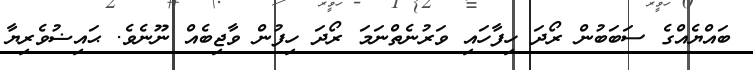
ބައްޔެއްގެ ސަބަބުން ރޯދަ ހިފާހައި ވަރުނެތްނަމަ ރޯދަ ހިފުން ވާޖިބެއް ނޫނެވެ. ޙައިޟުވެރިޔާ